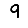
Digit: 9